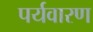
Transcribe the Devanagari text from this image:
पर्यवारण